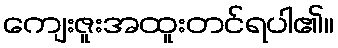
ကျေးဇူးအထူးတင်ရပါ၏။